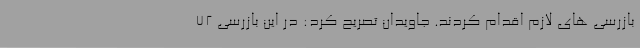
بازرسی های لازم اقدام کردند. جاویدان تصریح کرد: در این بازرسی 72